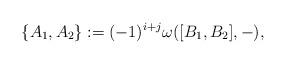
LaTeX: \begin{align*}\{A_{1},A_{2}\}:=(-1)^{i+j}\omega([B_{1},B_{2}],-),\end{align*}